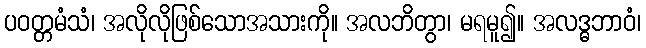
ပဝတ္တမံသံ၊ အလိုလိုဖြစ်သောအသားကို။ အလဘိတွာ၊ မရမူ၍။ အလဒ္ဓဘာဝံ၊